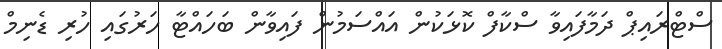
ސްޓްރައިޕް ދަމާފައިވާ ސްކާފް ކޮޅަކުން އައްސަމުން ފައިވާން ބަހައްޓާ ހަރުގައި ހުރި ޑެނިމް